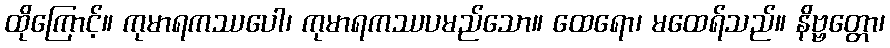
ထိုကြောင့်။ ကုမာရကဿပေါ၊ ကုမာရကဿပမည်သော။ ထေရော၊ မထေရ်သည်။ နိဗ္ဗတ္တော၊